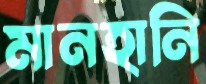
মানহানি